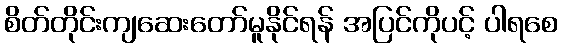
စိတ်တိုင်းကျဆေးတော်မူနိုင်ရန် အပြင်ကိုပင့် ပါရစေ